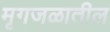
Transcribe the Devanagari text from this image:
मृगजळातील